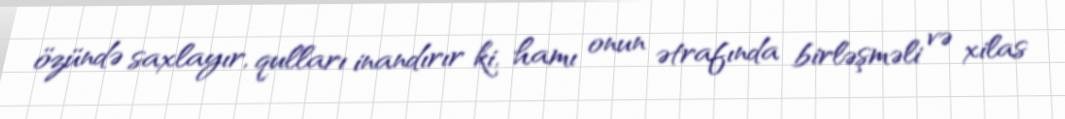
özündə saxlayır, qulları inandırır ki, hamı onun ətrafında birləşməli və xilas